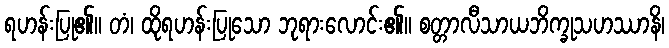
ရဟန်းပြု၏။ တံ၊ ထိုရဟန်းပြုသော ဘုရားလောင်း၏။ စတ္တာလီသာယဘိက္ခုသဟဿာနိ၊